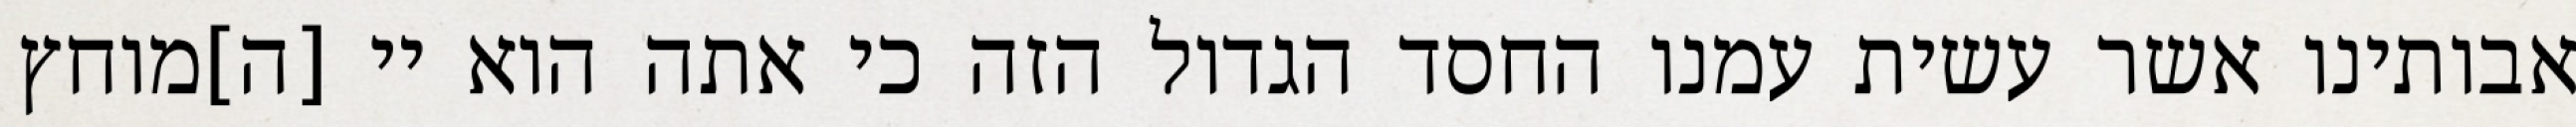
אבותינו אשר עשית עמנו החסד הגדול הזה כי אתה הוא יי [ה]מוחץ